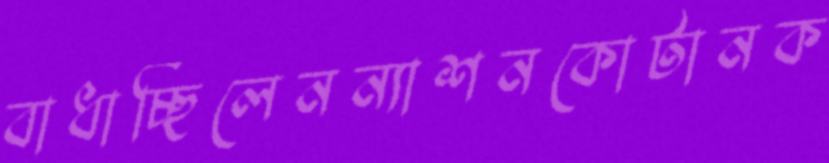
বাধাচ্ছিলেনন্যাশনকোটানক